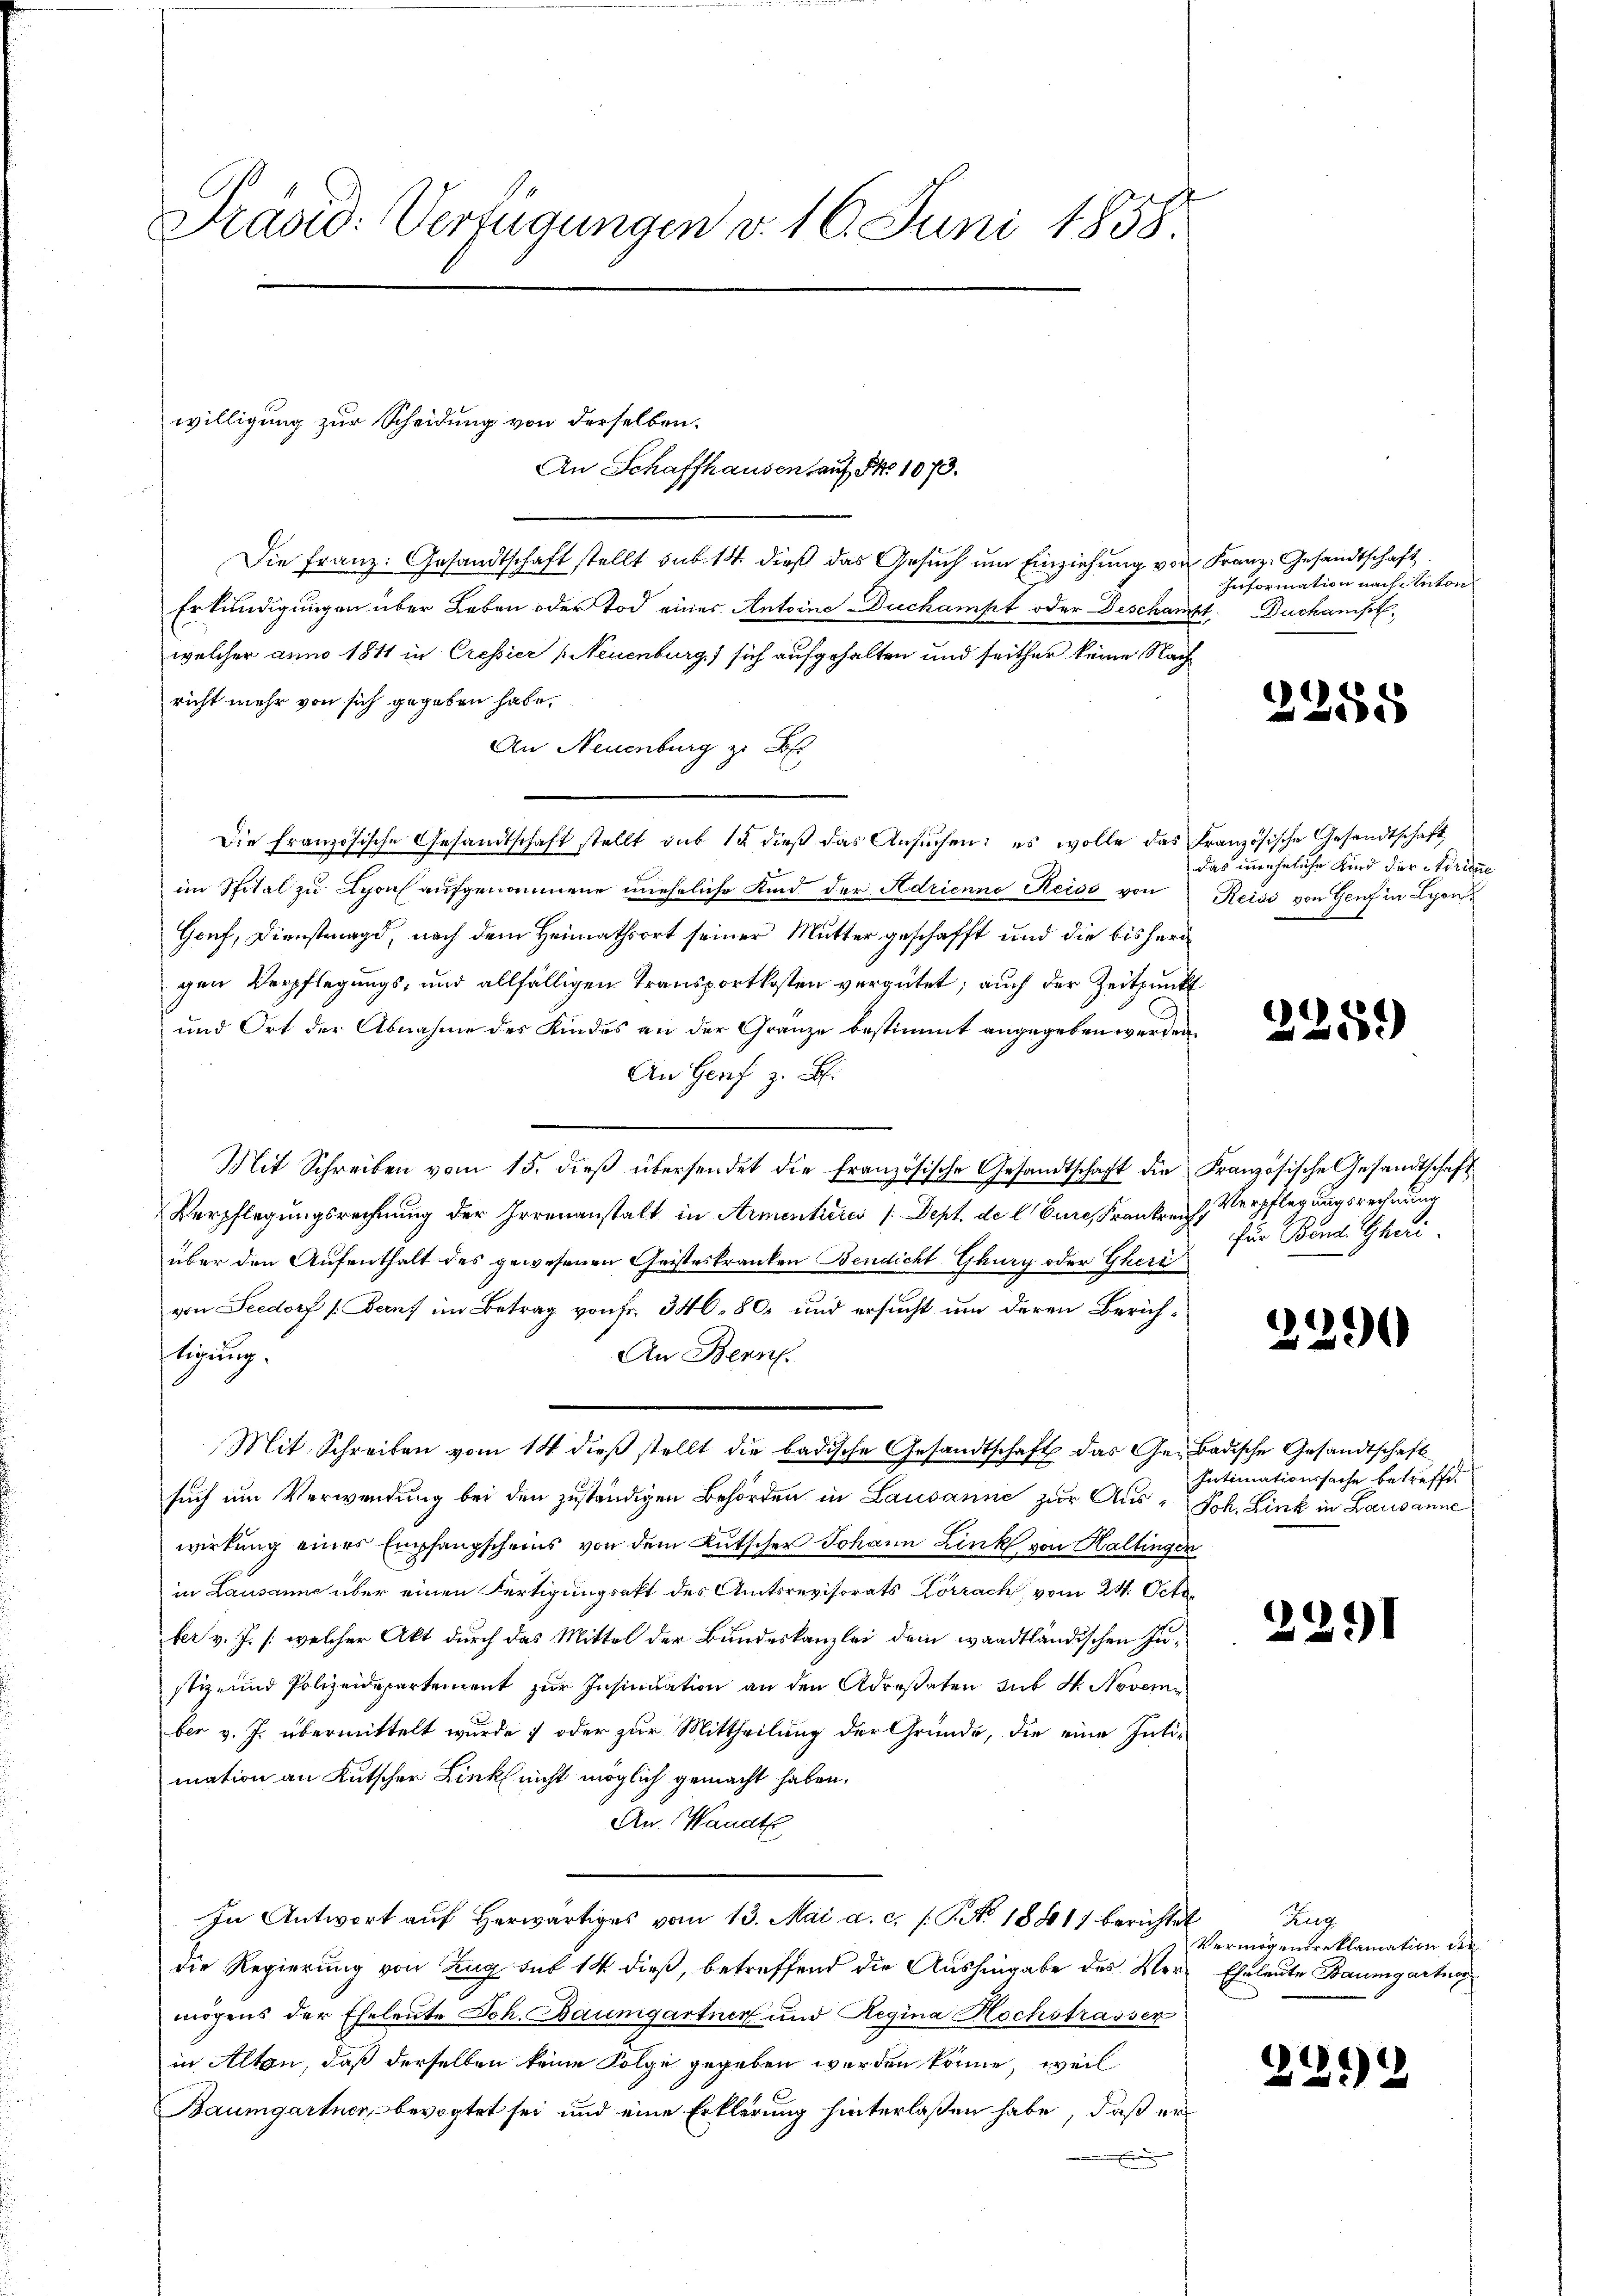
Praso: Verfügungen v. 16. Juni 1858.

willigung zur Scheidung von derselben.
An Schaffhausen auf Nr. 1073.

Die Franz: Gesandtschaft stellt sub 14. dieß das Gesŭch ŭm Einziehung von Franz. Gesandtschaft
Erkundigungen über Leben oder Tod eines Antoine Duchampt oder Beschaft. Duchanist,
welcher anno 1811 in Cressier (Neuenburg sich aufgehalten und seither keine Nach
richt mehr von sich gegeben habe,
An Neuenburg zu B
Die französische Gesandtschaft stellt sub 14 dieβ das Ansŭchen: es wolle das Französische Gesandtschaft
im Spital zu Lyon aufgenommene unehrliche Kind der Adrienne Reise von
Genf, Dienstmagd, nach dem Heimathsort seiner Mutter geschafft und die bisherigen Verpflegungs- und allfälligen Transportkosten vergütet; auch der Zeitpunkt
und Ort der Abnahme des Kindes an der Gränze bestimmt angegeben werden.
An Genf z. B.
Mit Schreiben vom 15. dieβ übersendet die französische Gesandtschaft die Französische Gesandtschaft
Verpflegungsrechnung der Irrenanstalt in Armenteres /:Dept. de l Eure, Krankreich, Verpflegungsrechnung
über den Aufenthalt des gewesenen Geisteskranken Bendicht Glury oder Gheri
von Seedorf (Beruf im Betrag von Fr. 340, 80 und ersucht um deren Zürichftigung.
An Bern.
Mit Schreiben vom 14. dieß stellt die badische Gesandtschaft das Ge-Badische Gesandtschaft
such um Verwendung bei den zuständigen Behörden in Lausanne zur Aus-Joh. Link in Lausanne
wirkung eines Empfangscheins von dem Kutscher Johann Link von Haltingen
in Lausanne über einen Fertigungsakt des Amtsrevisorats Lörrach vom 24. Octo
ber v. J. /: welcher Akt durch das Mittel der Bundeskanzlei dem waadtländischen Justiz- und Polizeidepartement zŭr Insinuation an den Adresaten sub N. November v. J. übermittelt wurde ; oder zur Mittheilung der Gründe, die eine Intimation an Kutscher Links nicht möglich gemacht haben.
An. Waadt
In Antwort aŭf herwärtiges vom 13. Mai a. c. /: No 1881) berichtet
die Regierung von Zug sub 14 dieß, betreffend die Aushingabe des Ver- Eheleute Baumgartner
mögens der Eheleute Joh. Baumgartner und Regina Hochstrassen
in Alten, daß derselben keine Folge gegeben werden könne, weil
Baumgartner, bevogtet sei und eine Erklärung hinterlaßen habe, daß er

Information nach Anton

2258

das uneheliche Kind der Adriane
Reiss von Genf in Lyon
8

2259)

für Band. Gheri¬

229

Intimationssache betreffe

2291

Zug.
Vermögensreklamation der

2219